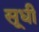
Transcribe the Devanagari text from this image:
सूधी